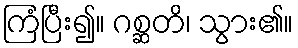
ကြံပြီး၍။ ဂစ္ဆတိ၊ သွား၏။